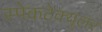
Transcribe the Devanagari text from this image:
स्पेकटेक्युलर